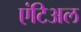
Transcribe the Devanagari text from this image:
एंटिअल